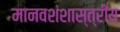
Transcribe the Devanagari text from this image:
मानवशंशास्त्रीय